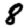
Digit: 8